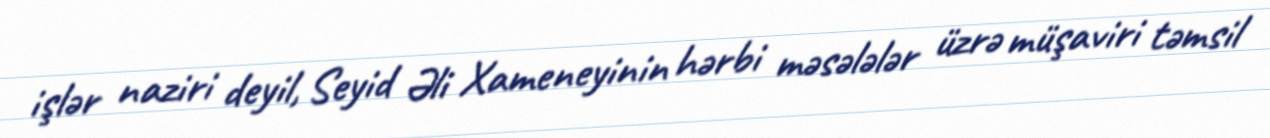
işlər naziri deyil, Seyid Əli Xameneyinin hərbi məsələlər üzrə müşaviri təmsil